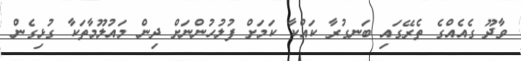
ވާދޫ ގެއެއްގެ ތެރޭގައި ބަނގުރާ ކައްކާ ކަމަށް ފުލުހުންނަށް ދިން މައުލޫމާތަކާ ގުޅިގެން